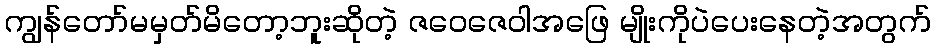
ကျွန်တော်မမှတ်မိတော့ဘူးဆိုတဲ့ ဇဝေဇေဝါအဖြေ မျိုးကိုပဲပေးနေတဲ့အတွက်